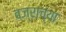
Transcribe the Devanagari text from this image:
वज्राच्या